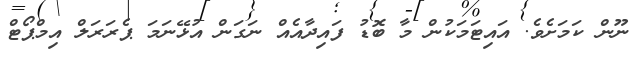
ނޫން ކަމަށެވެ. އައިޓަމަކުން މާ ބޮޑު ފައިދާއެއް ނަގަން އުޅޭނަމަ ޕެރަރަލް އިމްޕޯޓް